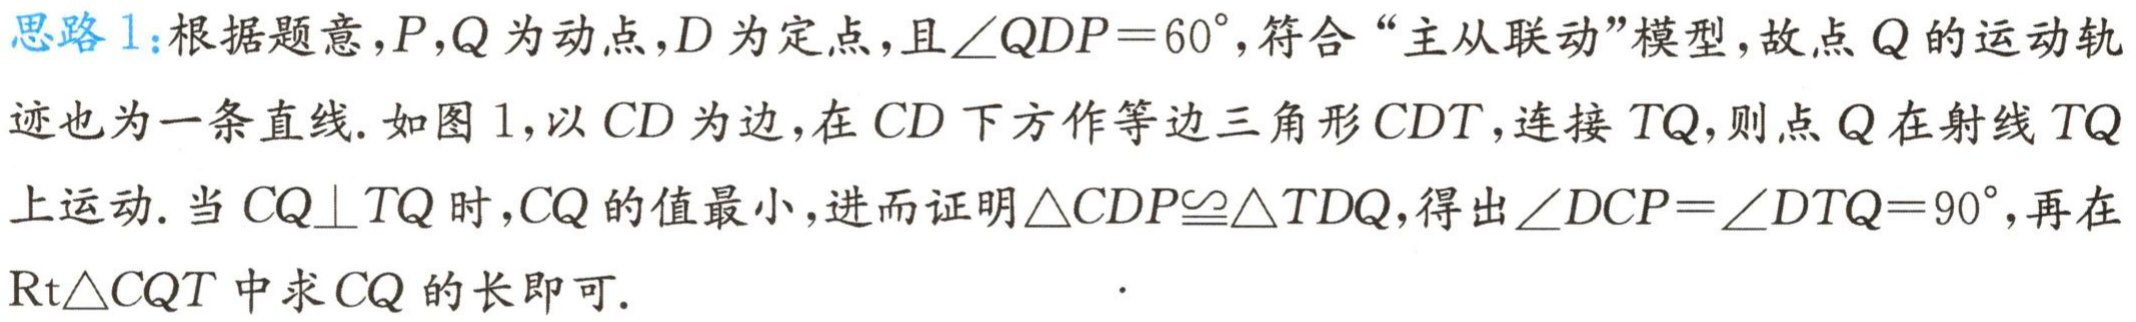
思路 1：根据题意，\(P,Q\)为动点，\(D\)为定点，且\(\angle QDP = 60^{\circ}\)，符合“主从联动”模型，故点\(Q\)的运动轨迹也为一条直线. 如图 1，以\(CD\)为边，在\(CD\)下方作等边三角形\(CDT\)，连接\(TQ\)，则点\(Q\)在射线\(TQ\)上运动. 当\(CQ\perp TQ\)时，\(CQ\)的值最小，进而证明\(\triangle CDP\cong\triangle TDQ\)，得出\(\angle DCP=\angle DTQ = 90^{\circ}\)，再在\(\mathrm{Rt}\triangle CQT\)中求\(CQ\)的长即可.